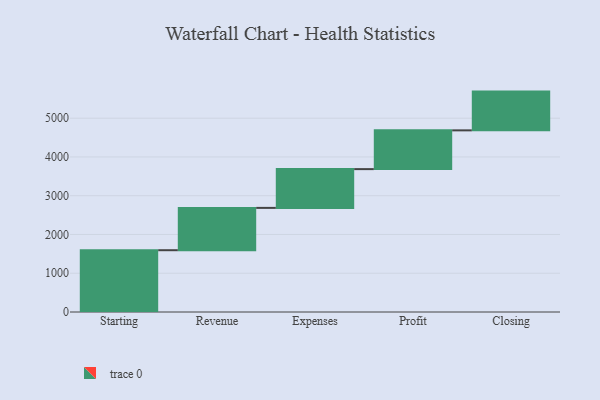
{"axis": {"x": "Step", "y": "Value"}, "legend": [""], "data": [{"x": "Starting", "y": 1594.0, "type": ""}, {"x": "Revenue", "y": 1092.0, "type": ""}, {"x": "Expenses", "y": 1000, "type": ""}, {"x": "Profit", "y": 1000, "type": ""}, {"x": "Closing", "y": 1000, "type": ""}]}